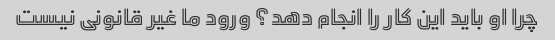
چرا او باید این کار را انجام دهد؟ ورود ما غیر قانونی نیست